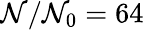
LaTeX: \mathcal{N}/\mathcal{N}_{0}=64